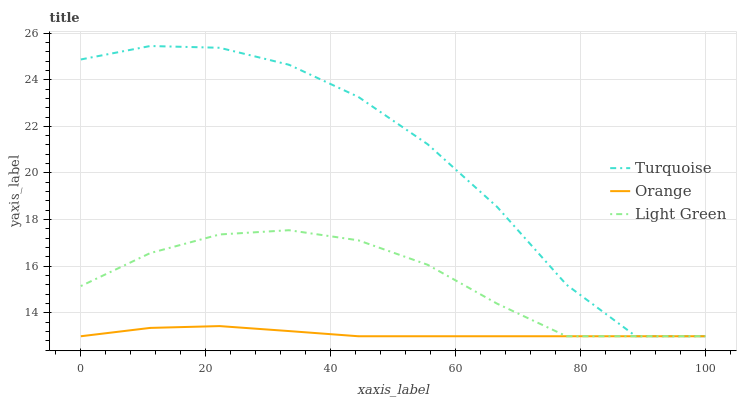
| xaxis_label | Turquoise | Orange | Light Green |
 | --- | --- | --- | --- |
 | 0 | 24.9 | 13 | 15.2 |
 | 11.1 | 25.4 | 13.4 | 16.6 |
 | 22.2 | 25.4 | 13.4 | 17.4 |
 | 33.3 | 24.6 | 13.2 | 17.5 |
 | 44.4 | 23.3 | 13 | 17.1 |
 | 55.6 | 21.2 | 13 | 16.1 |
 | 66.7 | 18.5 | 13 | 14.4 |
 | 77.8 | 15.2 | 13 | 13 |
 | 88.9 | 13 | 13 | 13 |
 | 100 | 13 | 13 | 13 |